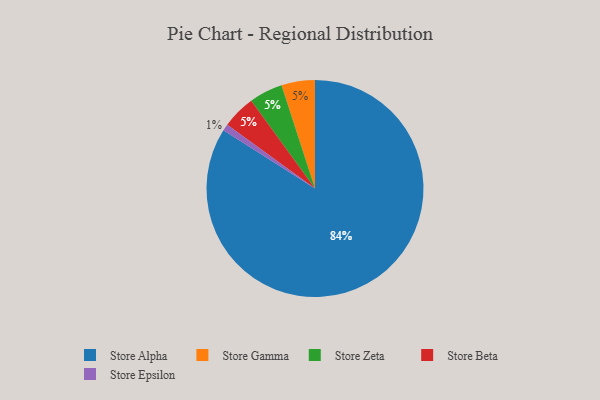
{"axis": {"x": "Category", "y": "Percentage"}, "legend": ["Store Alpha", "Store Beta", "Store Epsilon", "Store Gamma", "Store Zeta"], "data": [{"x": "Store Gamma", "y": 5, "type": "Store Gamma"}, {"x": "Store Epsilon", "y": 1, "type": "Store Epsilon"}, {"x": "Store Zeta", "y": 5, "type": "Store Zeta"}, {"x": "Store Alpha", "y": 84, "type": "Store Alpha"}, {"x": "Store Beta", "y": 5, "type": "Store Beta"}]}